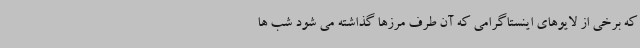
که برخی از لایوهای اینستاگرامی که آن طرف مرزها گذاشته می شود شب ها